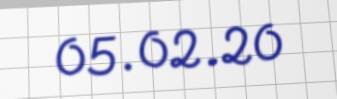
05.02.20